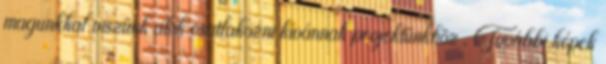
magunkkal viszünk akik csatlakozni kívánnak projektünkhöz . További képek